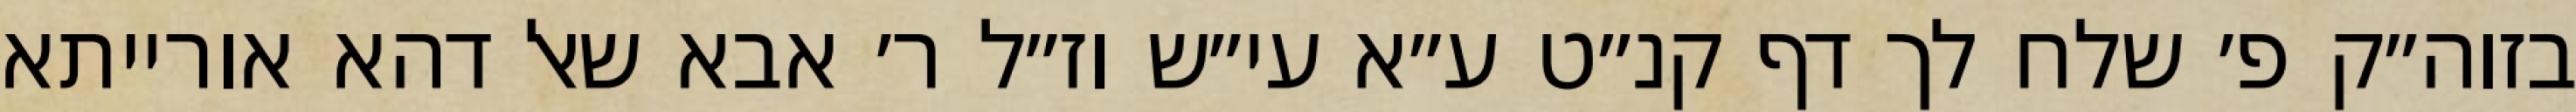
בזוה״ק פ׳ שלח לך דף קנ״ט ע״א עי״ש וז״ל ר׳ אבא שאל דהא אורייתא